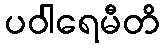
ပဝါရေမီတိ